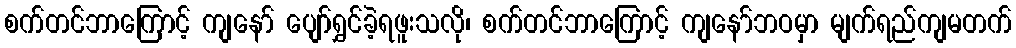
စက်တင်ဘာကြောင့် ကျနော် ပျော်ရွှင်ခဲ့ရဖူးသလို၊ စက်တင်ဘာကြောင့် ကျနော်ဘဝမှာ မျက်ရည်ကျမတက်